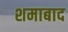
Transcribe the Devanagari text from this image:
शमाबाद